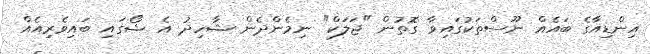
އިންޑިއާގެ ބައެއް ނޫސްތަކުގައިވާ ގޮތުން "ޖަލަކް" ނިމެންދެން ޝާހިދު އެ ޝޯގައި ބައިވެރިއެއް